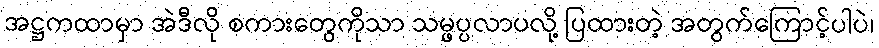
အဋ္ဌကထာမှာ အဲဒီလို စကားတွေကိုသာ သမ္ဖပ္ပလာပလို့ ပြထားတဲ့ အတွက်ကြောင့်ပါပဲ၊